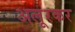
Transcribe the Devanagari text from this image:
अलूरकर